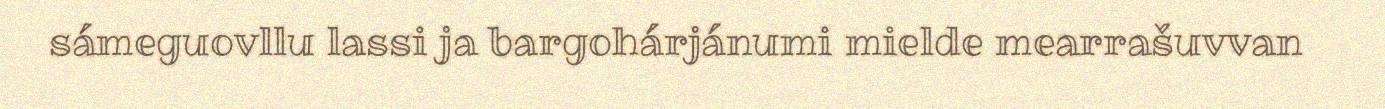
sámeguovllu lassi ja bargohárjánumi mielde mearrašuvvan